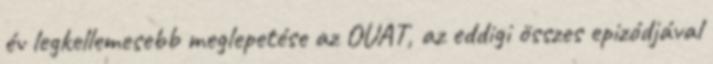
év legkellemesebb meglepetése az OUAT, az eddigi összes epizódjával